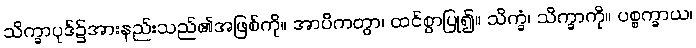
သိက္ခာပုဒ်၌အားနည်းသည်၏အဖြစ်ကို။ အာပိကတွာ၊ ထင်စွာပြု၍။ သိက္ခံ၊ သိက္ခာကို။ ပစ္စက္ခာယ၊